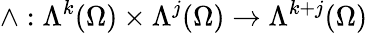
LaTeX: \wedge:\Lambda^{k}(\Omega)\times\Lambda^{j}(\Omega)\to\Lambda^{k+j}(\Omega)